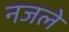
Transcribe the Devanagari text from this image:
नजले